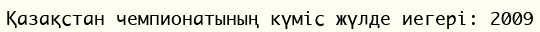
Қазақстан чемпионатының күміс жүлде иегері: 2009